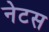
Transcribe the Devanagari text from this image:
नेटस